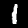
Digit: 1